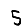
Digit: 5